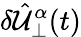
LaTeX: \delta\hat{\mathcal{U}}_{\perp}^{\alpha}(t)